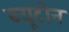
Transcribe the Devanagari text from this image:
ब्यूटोन